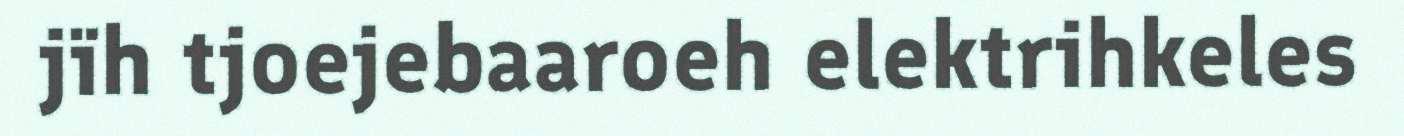
jïh tjoejebaaroeh elektrihkeles